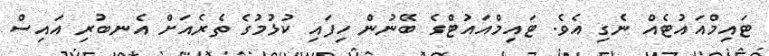
ޓައިމްއައުޓެއް ނެގި އެވެ. ޓައިމްއައުޓްގެ ބޭނުން ހިފައި ކުޅުމުގެ ތެރެއަށް އެނބުރި އައިސް